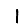
Digit: 1